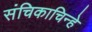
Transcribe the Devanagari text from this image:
संचिकाचिन्हे